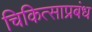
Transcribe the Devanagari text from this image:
चिकित्साप्रबंध